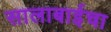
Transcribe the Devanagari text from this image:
सालाबाईचा